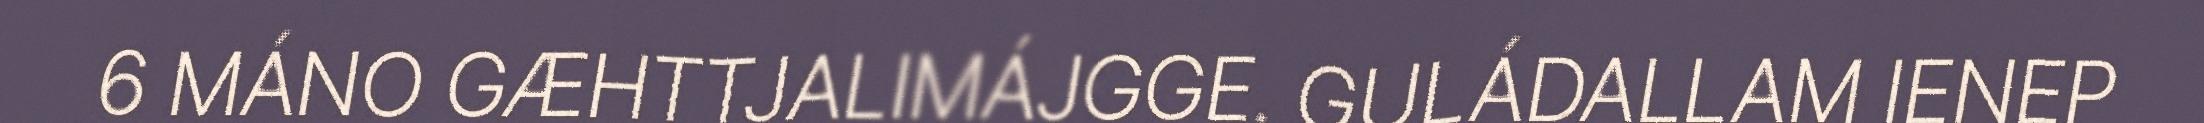
6 MÁNO GÆHTTJALIMÁJGGE. GULÁDALLAM IENEP